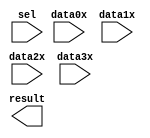
// megafunction wizard: %LPM_MUX%VBB%
// GENERATION: STANDARD
// VERSION: WM1.0
// MODULE: LPM_MUX 

// ============================================================
// Megafunction Name(s):
// 			LPM_MUX
//
// Simulation Library Files(s):
// 			lpm
// ============================================================
// ************************************************************
// THIS IS A WIZARD-GENERATED FILE. DO NOT EDIT THIS FILE!
//
// 15.0.0 Build 145 04/22/2015 SJ Full Version
// ************************************************************

//Copyright (C) 1991-2015 Altera Corporation. All rights reserved.
//Your use of Altera Corporation's design tools, logic functions 
//and other software and tools, and its AMPP partner logic 
//functions, and any output files from any of the foregoing 
//(including device programming or simulation files), and any 
//associated documentation or information are expressly subject 
//to the terms and conditions of the Altera Program License 
//Subscription Agreement, the Altera Quartus II License Agreement,
//the Altera MegaCore Function License Agreement, or other 
//applicable license agreement, including, without limitation, 
//that your use is for the sole purpose of programming logic 
//devices manufactured by Altera and sold by Altera or its 
//authorized distributors.  Please refer to the applicable 
//agreement for further details.

module multiplexer (
	data0x,
	data1x,
	data2x,
	data3x,
	sel,
	result);

	input	[7:0]  data0x;
	input	[7:0]  data1x;
	input	[7:0]  data2x;
	input	[7:0]  data3x;
	input	[1:0]  sel;
	output	[7:0]  result;

endmodule

// ============================================================
// CNX file retrieval info
// ============================================================
// Retrieval info: PRIVATE: INTENDED_DEVICE_FAMILY STRING "Cyclone IV E"
// Retrieval info: PRIVATE: SYNTH_WRAPPER_GEN_POSTFIX STRING "1"
// Retrieval info: PRIVATE: new_diagram STRING "1"
// Retrieval info: LIBRARY: lpm lpm.lpm_components.all
// Retrieval info: CONSTANT: LPM_SIZE NUMERIC "4"
// Retrieval info: CONSTANT: LPM_TYPE STRING "LPM_MUX"
// Retrieval info: CONSTANT: LPM_WIDTH NUMERIC "8"
// Retrieval info: CONSTANT: LPM_WIDTHS NUMERIC "2"
// Retrieval info: USED_PORT: data0x 0 0 8 0 INPUT NODEFVAL "data0x[7..0]"
// Retrieval info: USED_PORT: data1x 0 0 8 0 INPUT NODEFVAL "data1x[7..0]"
// Retrieval info: USED_PORT: data2x 0 0 8 0 INPUT NODEFVAL "data2x[7..0]"
// Retrieval info: USED_PORT: data3x 0 0 8 0 INPUT NODEFVAL "data3x[7..0]"
// Retrieval info: USED_PORT: result 0 0 8 0 OUTPUT NODEFVAL "result[7..0]"
// Retrieval info: USED_PORT: sel 0 0 2 0 INPUT NODEFVAL "sel[1..0]"
// Retrieval info: CONNECT: @data 0 0 8 0 data0x 0 0 8 0
// Retrieval info: CONNECT: @data 0 0 8 8 data1x 0 0 8 0
// Retrieval info: CONNECT: @data 0 0 8 16 data2x 0 0 8 0
// Retrieval info: CONNECT: @data 0 0 8 24 data3x 0 0 8 0
// Retrieval info: CONNECT: @sel 0 0 2 0 sel 0 0 2 0
// Retrieval info: CONNECT: result 0 0 8 0 @result 0 0 8 0
// Retrieval info: GEN_FILE: TYPE_NORMAL multiplexer.v TRUE
// Retrieval info: GEN_FILE: TYPE_NORMAL multiplexer.inc FALSE
// Retrieval info: GEN_FILE: TYPE_NORMAL multiplexer.cmp FALSE
// Retrieval info: GEN_FILE: TYPE_NORMAL multiplexer.bsf FALSE
// Retrieval info: GEN_FILE: TYPE_NORMAL multiplexer_inst.v FALSE
// Retrieval info: GEN_FILE: TYPE_NORMAL multiplexer_bb.v TRUE
// Retrieval info: GEN_FILE: TYPE_NORMAL multiplexer_syn.v TRUE
// Retrieval info: LIB_FILE: lpm